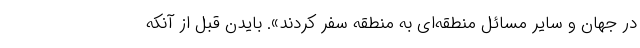
در جهان و سایر مسائل منطقه‌ای به منطقه سفر کردند». بایدن قبل از آنکه